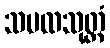
သမထသုတ္တံ